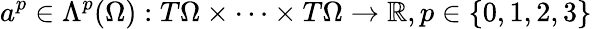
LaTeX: a^{p}\in\Lambda^{p}(\Omega):T\Omega\times\cdots\times T\Omega\rightarrow\mathbb{R},p\in\{ 0,1,2,3\}